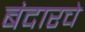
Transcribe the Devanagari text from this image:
बंदारचे